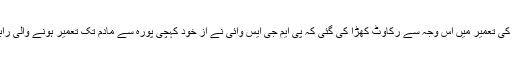
ڈی ایف او ٹنگمرگ شوکت احمدا یتو نے اس سلسلے میں بتایا کہ سڑک کی تعمیر میں اس وجہ سے رکاوٹ کھڑا کی گئی کہ پی ایم جی ایس وائی نے از خود کہچی پورہ سے مادم تک تعمیر ہونے والی رابط سڑک کیلئے محکمہ جنگلات کی اراضی پر جے سی بی لگائے ہیں ۔